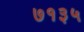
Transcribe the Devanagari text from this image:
७१३५